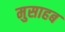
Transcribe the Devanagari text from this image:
मुसाहब